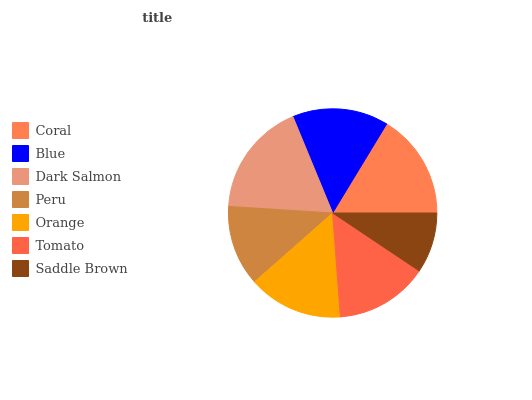
| Coral | Blue | Dark Salmon | Peru | Orange | Tomato | Saddle Brown |
 | --- | --- | --- | --- | --- | --- | --- |
 | 16.4% | 14.9% | 17.8% | 12.5% | 14.7% | 14.4% | 9.38% |